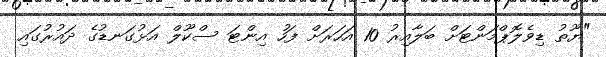
"ޔޫތު ޑިވެލޮޕްމަންޓަށް ބަލާއިރު 10 އަހަރަށް ފަހު އިންޓަ ސްކޫލް އަޅުގަނޑުގެ ދައުރުގައި